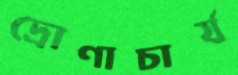
দ্রোণাচার্য